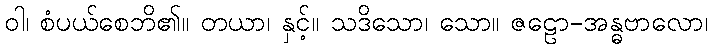
ဝါ၊ စံပယ်စေဘိ၏။ တယာ၊ နှင့်။ သဒိသော၊ သော။ ဇဠော-အန္ဓဗာလော၊